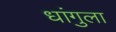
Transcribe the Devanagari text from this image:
धांगुला